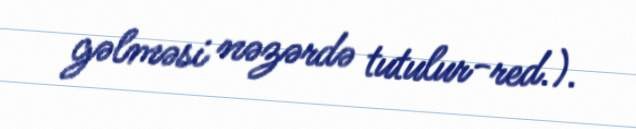
gəlməsi nəzərdə tutulur-red.).